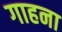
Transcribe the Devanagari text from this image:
गाहना